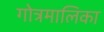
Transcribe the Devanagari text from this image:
गोत्रमालिका